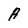
Character: A